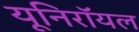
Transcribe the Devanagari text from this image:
यूनिरॉयल